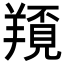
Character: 𦏀